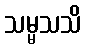
သမ္မသသိ